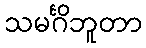
သမင်္ဂိဘူတာ